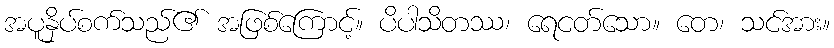
အပူနှိပ်စက်သည်၏ အဖြစ်ကြောင့်။ ပိပါသိတဿ၊ ရေငတ်သော။ တေ၊ သင်အား။